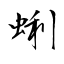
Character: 蜊